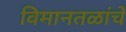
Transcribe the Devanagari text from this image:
विमानतळांचे